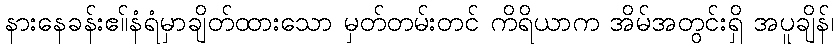
နားနေခန်းဧ။်နံရံမှာချိတ်ထားသော မှတ်တမ်းတင် ကိရိယာက အိမ်အတွင်းရှိ အပူချိန်၊